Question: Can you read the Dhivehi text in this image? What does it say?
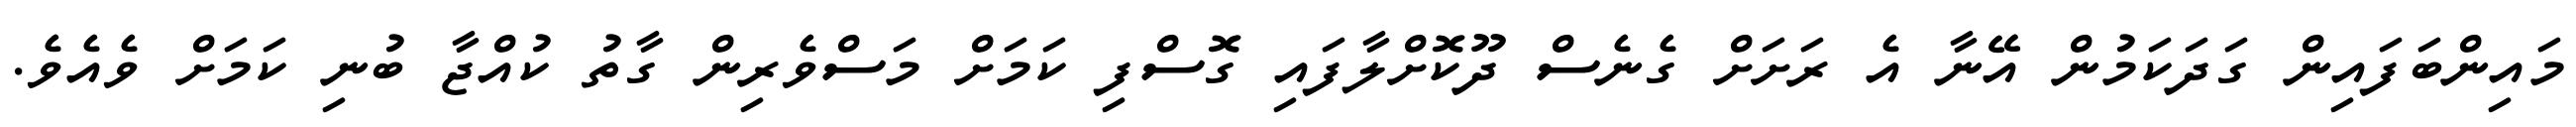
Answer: މައިންބަފައިން ގަދަކަމުން އޭނާ އެ ރަށަށް ގެނެސް ދޫކޮށްލާފައި ގޮސްފި ކަމަށް މަސްވެރިން ގާތު ކުއްޖާ ބުނި ކަމަށް ވެއެވެ.